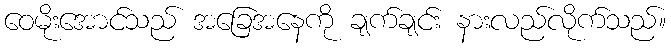
ဝေမိုးအောင်သည် အခြေအနေကို ချက်ချင်း နားလည်လိုက်သည်။